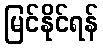
မြင်နိုင်ရန်